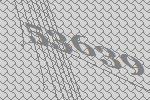
53639